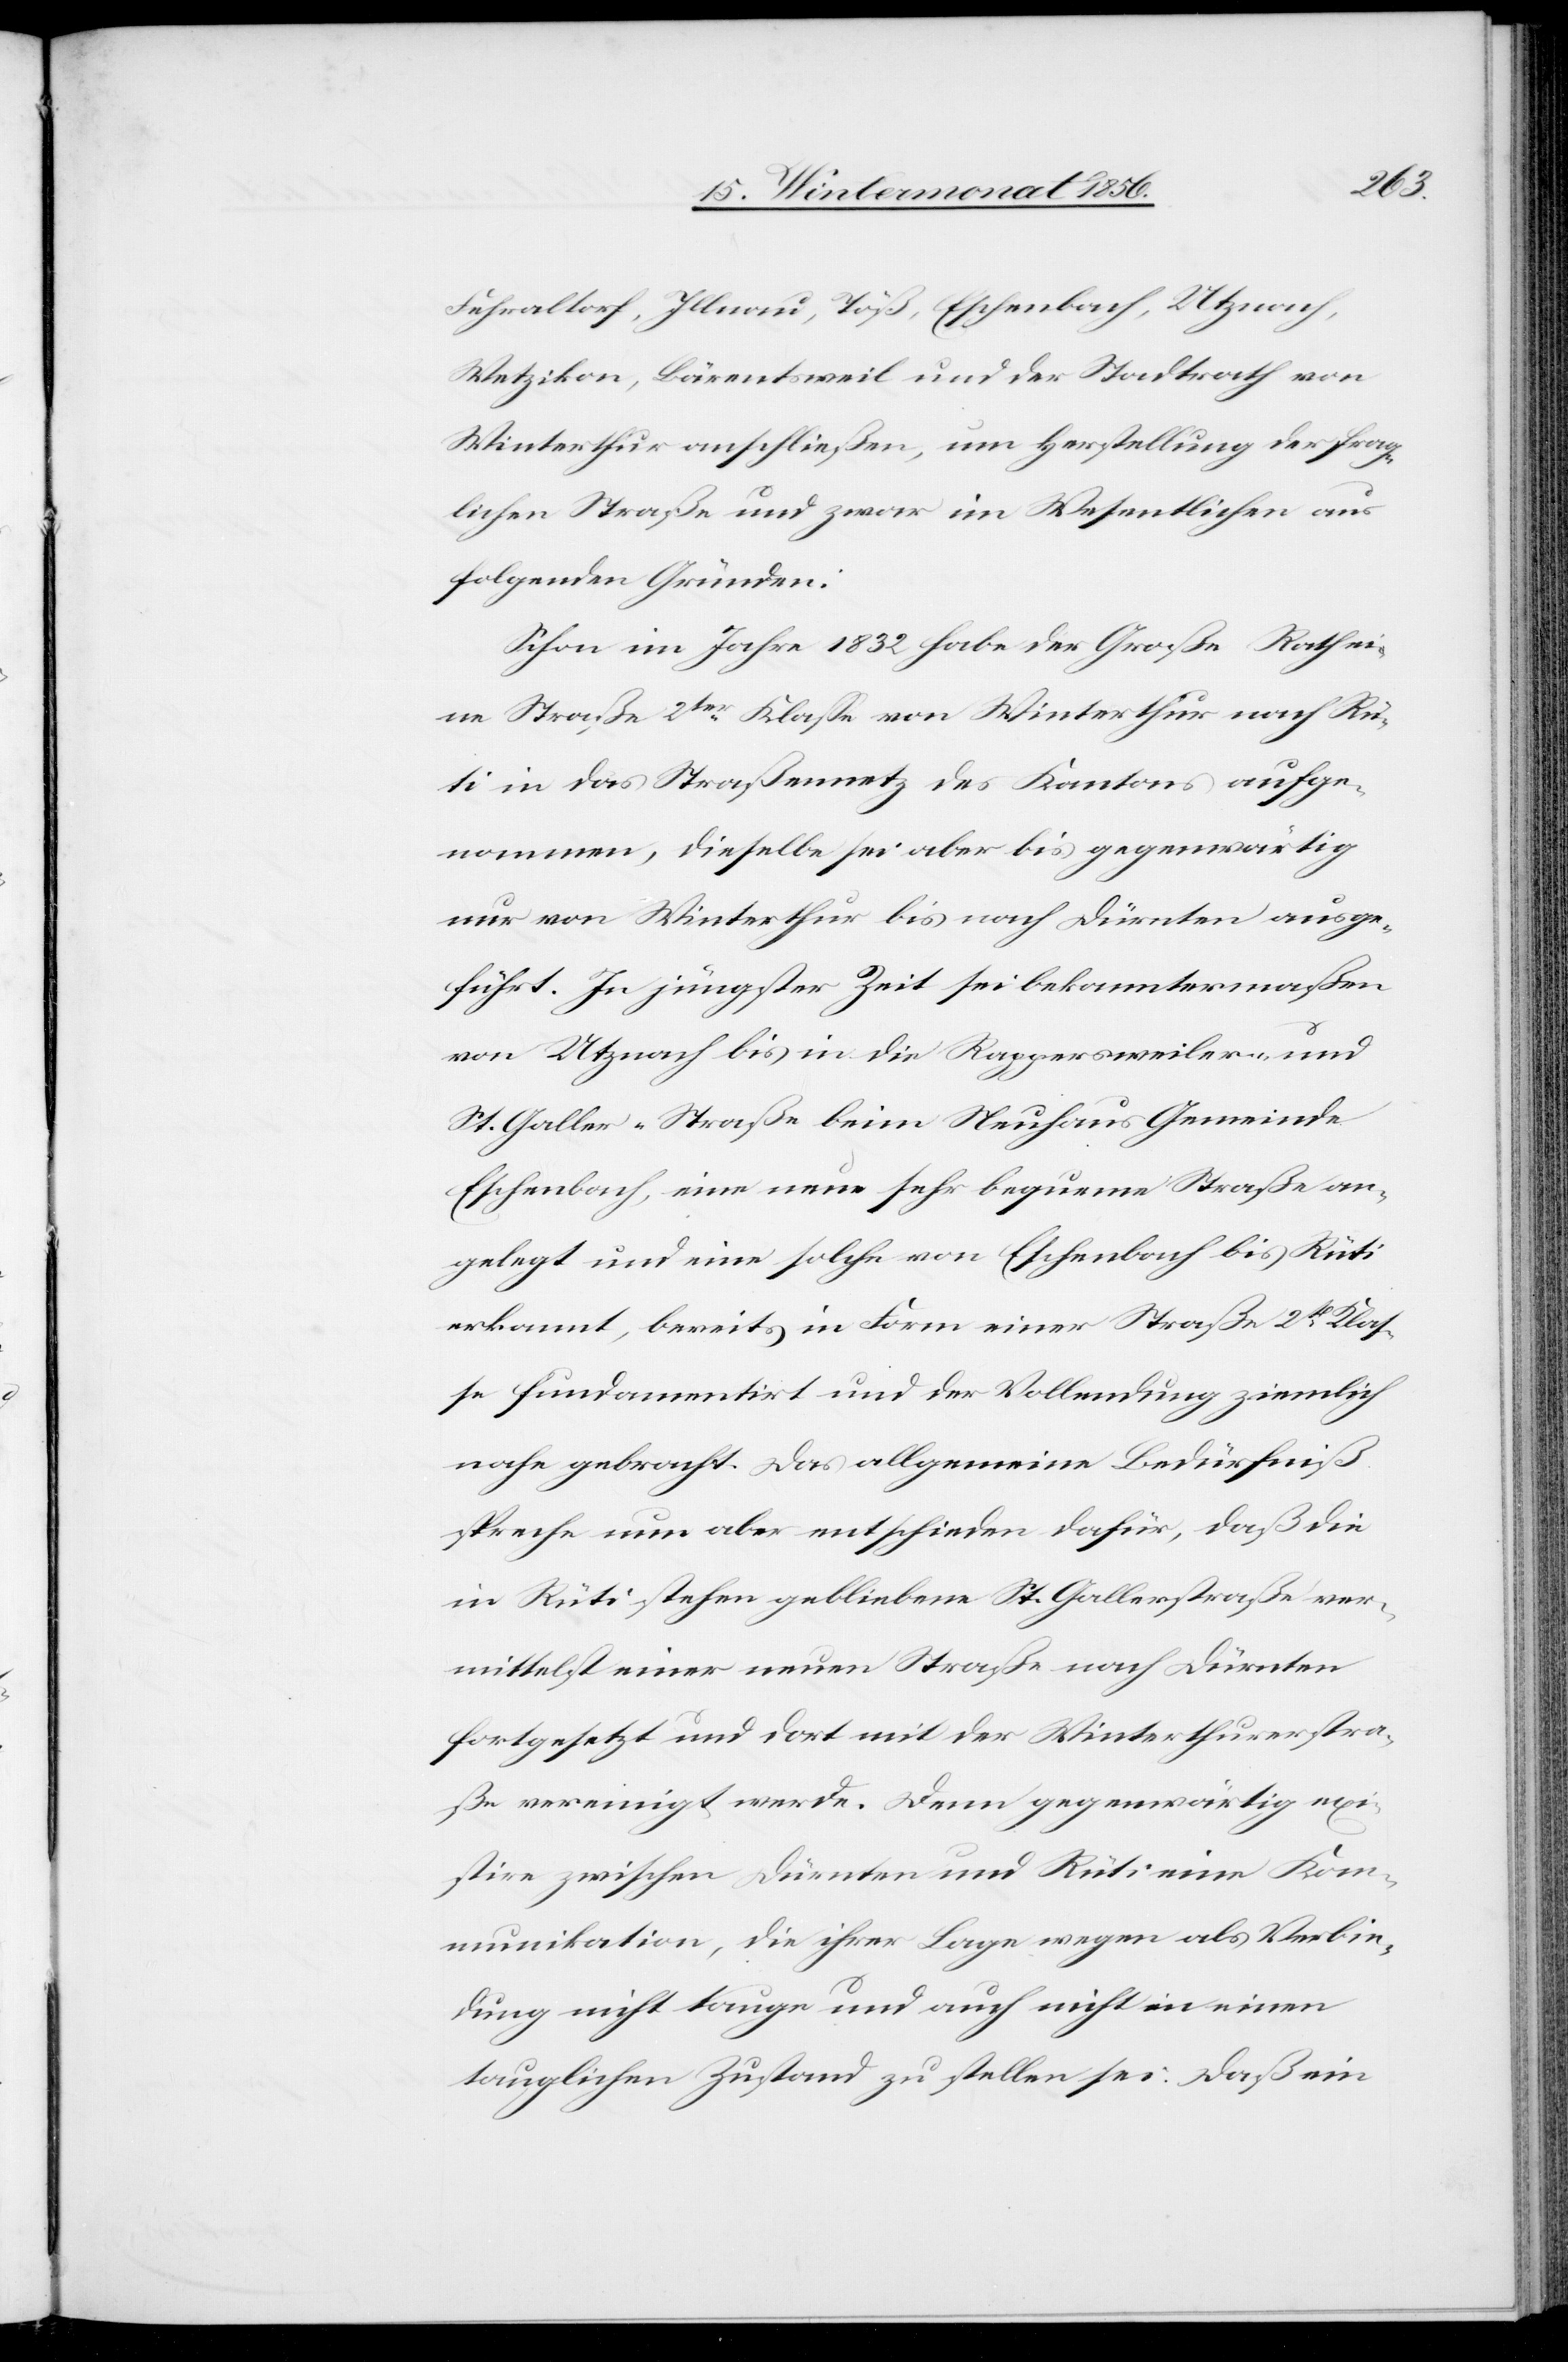
Fehraltorf, Illnau, Töß, Eschenbach, Utznach,
Wetzikon, Bärentsweil und der Stadtrath von
Winterthur anschließen, um Herstellung der frag¬
lichen Straße und zwar im Wesentlichen aus
folgenden Gründen:
Schon im Jahre 1832 habe der Große Rath ei¬
ne Straße 2ter Klasse von Winterthur nach Rü¬
ti in das Straßennetz des Kantons aufge¬
nommen, dieselbe sei aber bis gegenwärtig
nur von Winterthur bis nach Dürnten ausge¬
führt. In jüngster Zeit sei bekanntermaßen
von Utznach bis in die Rappersweiler- und
St. Galler-Straße beim Neuhaus Gemeinde
Eschenbach, eine neue sehr bequeme Straße an¬
gelegt und eine solche von Eschenbach bis Rüti
erkannt, bereits in Form einer Straße 2t Klas¬
se fundamentirt und der Vollendung ziemlich
nahe gebracht. Das allgemeine Bedürfniß
spreche nun aber entschieden dafür, daß die
in Rüti stehen gebliebene St. Gallerstraße ver¬
mittelst einer neuen Straße nach Dürnten
fortgesetzt und dort mit der Winterthurerstra¬
ße vereinigt werde. Denn gegenwärtig exi¬
stire zwischen Dürnten und Rüti eine Kom¬
munikation, die ihrer Lage wegen als Verbin¬
dung nicht tauge und auch nicht in einen
tauglichen Zustand zu stellen sei. Daß ein